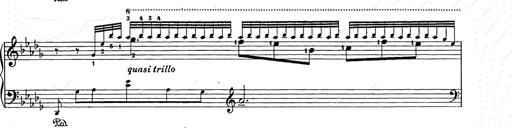
Title: Berceuse
Composer: Lucien Wurmser
Key: A major